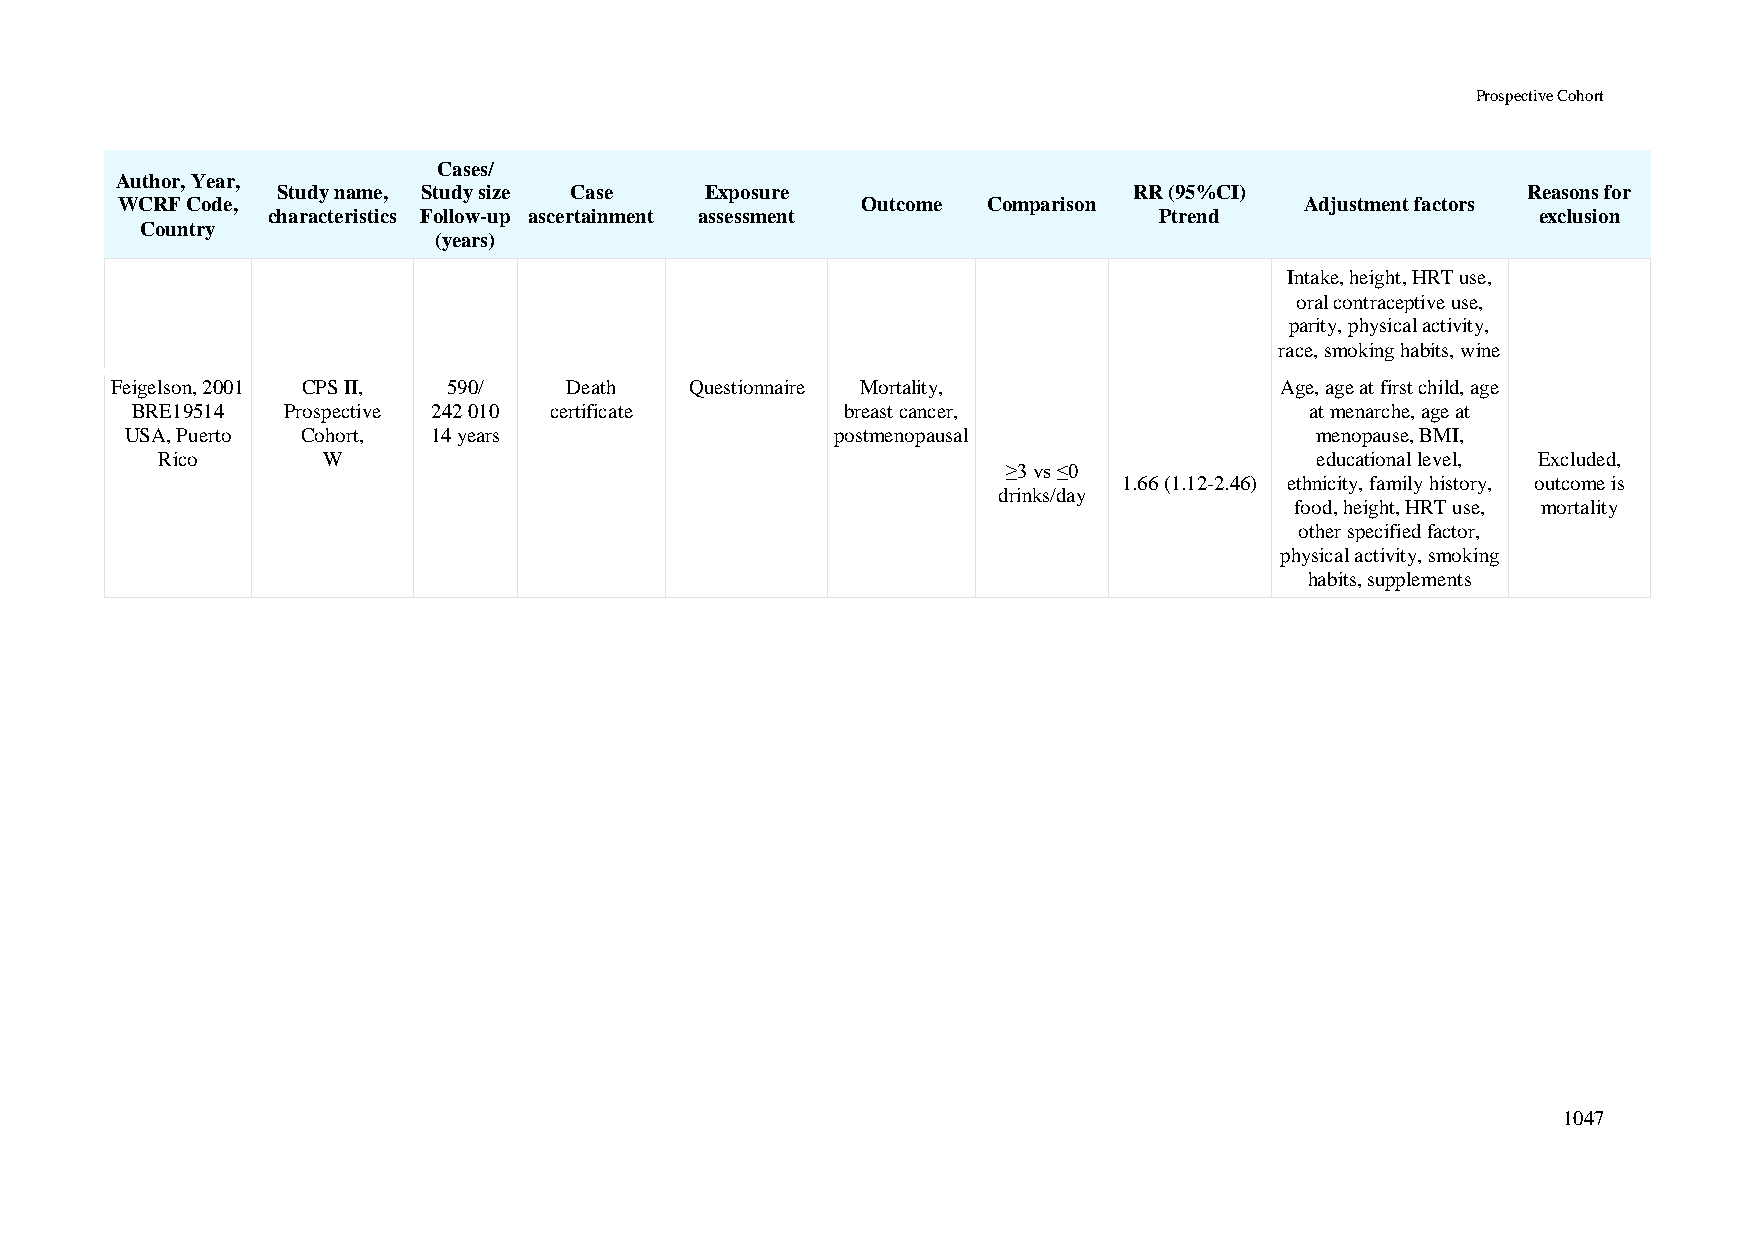
Prospective Cohort
 Cases/
 Author, Year,
 Study name, Study size Case  Exposure                    RR (95%CI)                Reasons for
 WCRF Code,                                       Outcome Comparison           Adjustment factors
 characteristics Follow-up ascertainment assessment         Ptrend                   exclusion
 Country
 (years)
 Intake, height, HRT use,
 oral contraceptive use,
 parity, physical activity,
 race, smoking habits, wine
 Feigelson, 2001 CPS II, 590/  Death    Questionnaire Mortality,               Age, age at first child, age
 BRE19514  Prospective 242 010 certificate      breast cancer,                 at menarche, age at
 USA, Puerto Cohort,  14 years                  postmenopausal                  menopause, BMI,
 Rico       W                                                                 educational level, Excluded,
 ≥3 vs ≤0
 1.66 (1.12-2.46) ethnicity, family history, outcome is
 drinks/day
 food, height, HRT use, mortality
 other specified factor,
 physical activity, smoking
 habits, supplements
 1047